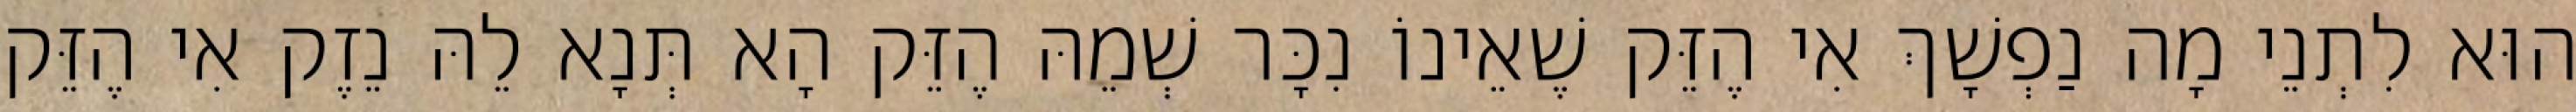
הוּא לִתְנֵי מָה נַפְשָׁךְ אִי הֶזֵּק שֶׁאֵינוֹ נִכָּר שְׁמֵהּ הֶזֵּק הָא תְּנָא לֵהּ נֵזֶק אִי הֶזֵּק